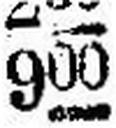
900